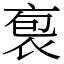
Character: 袌